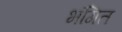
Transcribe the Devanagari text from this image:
भंगित